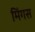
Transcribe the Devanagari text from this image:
मिंगस